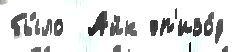
бы́ло  Айк эп'изо́д